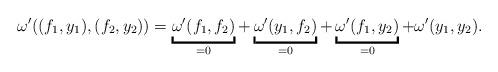
LaTeX: \begin{align*}\omega'((f_1,y_1) , (f_2,y_2)) = \underbracket{\omega'(f_1,f_2)}_{=0} + \underbracket{\omega'(y_1,f_2)}_{=0} + \underbracket{\omega'(f_1,y_2)}_{=0} + \omega'(y_1,y_2) .\end{align*}